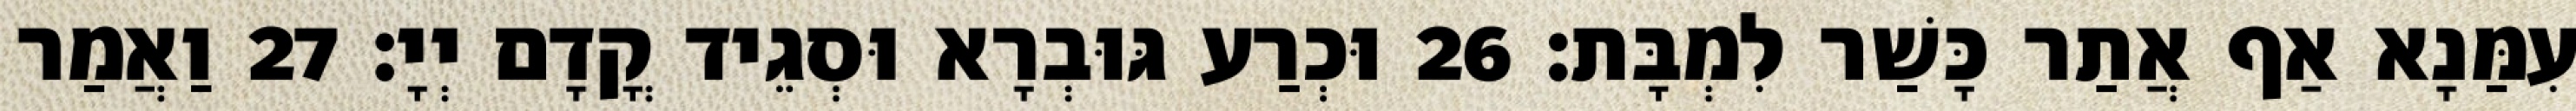
עִמַּנָא אַף אֲתַר כָּשַׁר לִמְבָּת׃ 26 וּכְרַע גּוּבְרָא וּסְגֵיד קֳדָם יְיָ׃ 27 וַאֲמַר